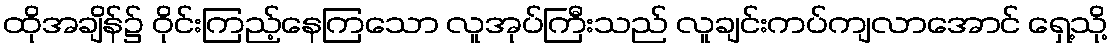
ထိုအချိန်၌ ဝိုင်းကြည့်နေကြသော လူအုပ်ကြီးသည် လူချင်းကပ်ကျလာအောင် ရှေ့သို့